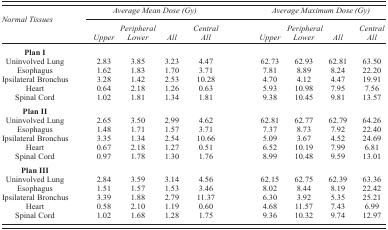
<table><thead><tr><td rowspan="2"><b><i>Normal Tissues</i></b></td><td colspan="4"><b><i>Average Mean Dose (Gy)</i></b></td><td colspan="4"><b><i>Average Maximum Dose (Gy)</i></b></td></tr><tr><td><b><i>Upper</i></b></td><td><b><i>Peripheral Lower</i></b></td><td><b><i>All</i></b></td><td><b><i>Central All</i></b></td><td><b><i>Upper</i></b></td><td><b><i>Peripheral Lower</i></b></td><td><b><i>All</i></b></td><td><b><i>Central All</i></b></td></tr></thead><tbody><tr><td><b>Plan I</b></td><td colspan="8"></td></tr><tr><td>Uninvolved Lung</td><td>2.83</td><td>3.85</td><td>3.23</td><td>4.47</td><td>62.73</td><td>62.93</td><td>62.81</td><td>63.50</td></tr><tr><td>Esophagus</td><td>1.62</td><td>1.83</td><td>1.70</td><td>3.71</td><td>7.81</td><td>8.89</td><td>8.24</td><td>22.20</td></tr><tr><td>Ipsilateral Bronchus</td><td>3.28</td><td>1.42</td><td>2.53</td><td>10.28</td><td>4.70</td><td>4.12</td><td>4.47</td><td>19.91</td></tr><tr><td>Heart</td><td>0.64</td><td>2.18</td><td>1.26</td><td>0.63</td><td>5.93</td><td>10.98</td><td>7.95</td><td>7.56</td></tr><tr><td>Spinal Cord</td><td>1.02</td><td>1.81</td><td>1.34</td><td>1.81</td><td>9.38</td><td>10.45</td><td>9.81</td><td>13.57</td></tr><tr><td><b>Plan II</b></td></tr><tr><td>Uninvolved Lung</td><td>2.65</td><td>3.50</td><td>2.99</td><td>4.62</td><td>62.81</td><td>62.77</td><td>62.79</td><td>64.26</td></tr><tr><td>Esophagus</td><td>1.48</td><td>1.71</td><td>1.57</td><td>3.71</td><td>7.37</td><td>8.73</td><td>7.92</td><td>22.40</td></tr><tr><td>Ipsilateral Bronchus</td><td>3.35</td><td>1.34</td><td>2.54</td><td>10.66</td><td>5.09</td><td>3.67</td><td>4.52</td><td>24.69</td></tr><tr><td>Heart</td><td>0.67</td><td>2.18</td><td>1.27</td><td>0.51</td><td>6.52</td><td>10.19</td><td>7.99</td><td>6.81</td></tr><tr><td>Spinal Cord</td><td>0.97</td><td>1.78</td><td>1.30</td><td>1.76</td><td>8.99</td><td>10.48</td><td>9.59</td><td>13.01</td></tr><tr><td><b>Plan III</b></td></tr><tr><td>Uninvolved Lung</td><td>2.84</td><td>3.59</td><td>3.14</td><td>4.56</td><td>62.15</td><td>62.75</td><td>62.39</td><td>63.36</td></tr><tr><td>Esophagus</td><td>1.51</td><td>1.57</td><td>1.53</td><td>3.46</td><td>8.02</td><td>8.44</td><td>8.19</td><td>22.42</td></tr><tr><td>Ipsilateral Bronchus</td><td>3.39</td><td>1.88</td><td>2.79</td><td>11.37</td><td>6.30</td><td>3.92</td><td>5.35</td><td>25.21</td></tr><tr><td>Heart</td><td>0.58</td><td>2.10</td><td>1.19</td><td>0.60</td><td>4.68</td><td>11.57</td><td>7.43</td><td>6.99</td></tr><tr><td>Spinal Cord</td><td>1.02</td><td>1.68</td><td>1.28</td><td>1.75</td><td>9.36</td><td>10.32</td><td>9.74</td><td>12.97</td></tr></tbody></table>